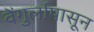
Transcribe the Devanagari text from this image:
वेंगुर्लापासून